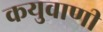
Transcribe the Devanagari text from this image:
कयुवाणी